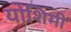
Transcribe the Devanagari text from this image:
योशिमी